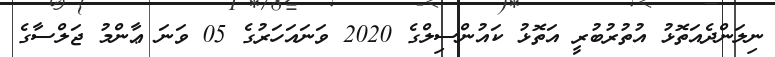
ނިލަންދެއަތޮޅު އުތުރުބުރީ އަތޮޅު ކައުންސިލްގެ 2020 ވަނައަހަރުގެ 05 ވަނަ ޢާންމު ޖަލްސާގެ